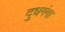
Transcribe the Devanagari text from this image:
दुधगंगा